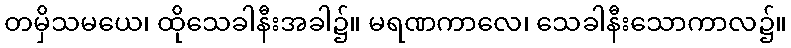
တမှိသမယေ၊ ထိုသေခါနီးအခါ၌။ မရဏကာလေ၊ သေခါနီးသောကာလ၌။